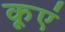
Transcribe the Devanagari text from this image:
कूएं